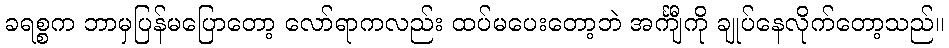
ခရစ္စက ဘာမှပြန်မပြောတော့ လော်ရာကလည်း ထပ်မပေးတော့ဘဲ အင်္ကျီကို ချုပ်နေလိုက်တော့သည်။